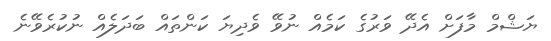
ޔަޝްމް މާފަށް އެދޭ ވަރުގެ ކަމެއް ނުވޭ ވެދިޔަ ކަންތައް ބަދަލެއް ނުކުރެވޭނެ